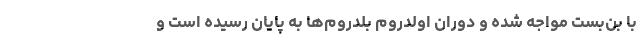
با بن‌بست مواجه شده و دوران اولدروم بلدروم‌ها به پایان رسیده است و